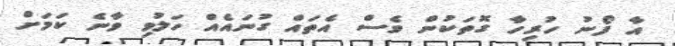
އާ ފޯނު ހުރިހާ ގޮތަކުން ވެސް އެތައް ގުނައެއް ހަލުވި ވާނެ ކަމަށް